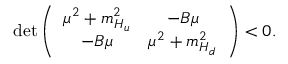
\mathrm { d e t } \left( \begin{array} { c c } { { \mu ^ { 2 } + m _ { H _ { u } } ^ { 2 } } } & { { - B \mu } } \\ { { - B \mu } } & { { \mu ^ { 2 } + m _ { H _ { d } } ^ { 2 } } } \end{array} \right) < 0 .